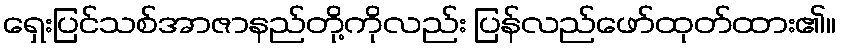
ရှေးပြင်သစ်အာဇာနည်တို့ကိုလည်း ပြန်လည်ဖော်ထုတ်ထား၏။